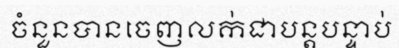
ចំនួនបានចេញលក់ជាបន្តបន្ទាប់